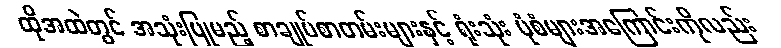
ထိုအထဲတွင် အသုံးပြုမည့် စာချုပ်စာတမ်းများနှင့် ရုံးသုံး ပုံစံများအကြောင်းကိုလည်း